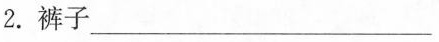
1.裤子___